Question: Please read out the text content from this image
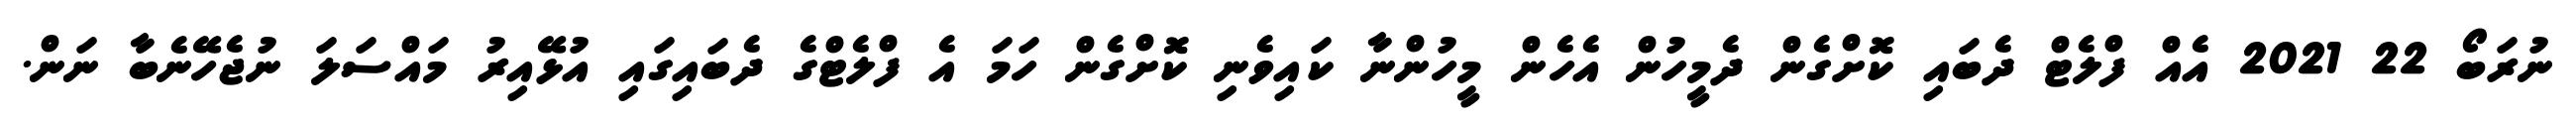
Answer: ނުރަބޯ 22 2021 އެއް ފްލެޓް ދެބައި ކޮށްގެން ދެމީހުން އެހެން މީހުންނާ ކައިވެނި ކޮށްގެން ހަމަ އެ ފްލެޓްގެ ދެބައިގައި އުޅޭއިރު މައްސަލަ ނުޖެހޭނެބާ ނަން.